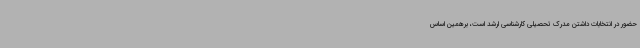
حضور در انتخابات داشتن مدرک تحصیلی کارشناسی ارشد است، برهمین اساس